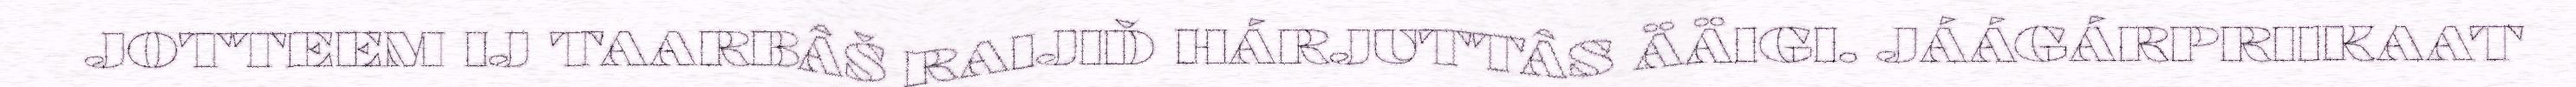
JOTTEEM IJ TAARBÂŠ RAIJIĐ HÁRJUTTÂS ÄÄIGI. JÁÁGÁRPRIIKAAT